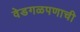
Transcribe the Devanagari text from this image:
वेडगळपणाची